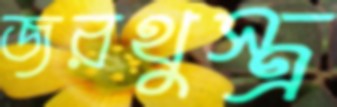
জরথুস্ত্র